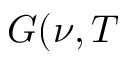
G ( \nu , T